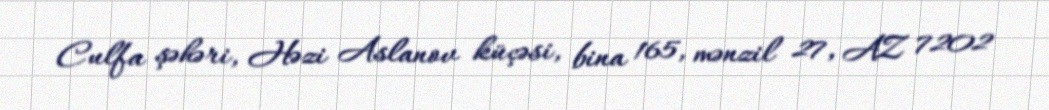
Culfa şəhəri, Həzi Aslanov küçəsi, bina 165, mənzil 27, AZ 7202